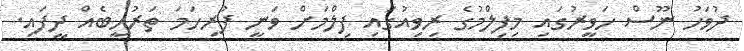
ދުވަހު ނޫސް ހަވީރުގައި މިފިލްމުގެ ރިވިއުގައި ފިލްމަށް ވަނީ ފުރިހަމަ ތަރުހީބެއް ދީފައި.